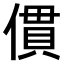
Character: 𠍿